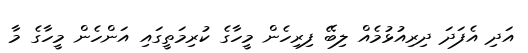
އަދި އެފަދަ ދިރިއުޅުމެއް ލިބޭ ފިރިހެން މީހާގެ ކުރިމަތީގައި އަންހެން މީހާގެ މާ